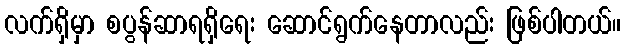
လက်ရှိမှာ စပွန်ဆာရရှိရေး ဆောင်ရွက်နေတာလည်း ဖြစ်ပါတယ်။